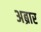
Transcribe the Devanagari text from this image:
अब्रार